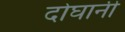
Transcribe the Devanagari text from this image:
दोघानी